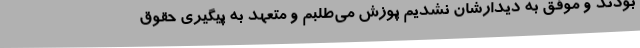
بودند و موفق به دیدارشان نشدیم پوزش می‌طلبم و متعهد به پیگیری حقوق